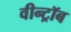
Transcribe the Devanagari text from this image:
वीन्ट्रॉब